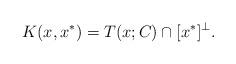
LaTeX: \begin{align*}K(x,x^*)=T(x;C)\cap[x^*]^\bot.\end{align*}